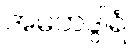
အမတဒွါရံ